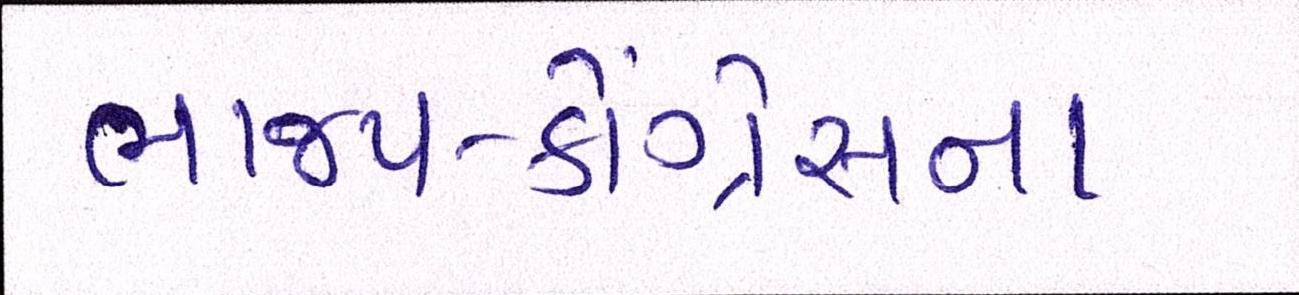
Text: ભાજપ-કોંગ્રેસના